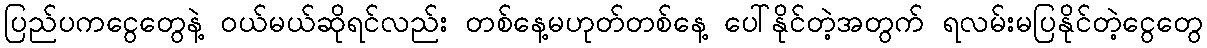
ပြည်ပကငွေတွေနဲ့ ဝယ်မယ်ဆိုရင်လည်း တစ်နေ့မဟုတ်တစ်နေ့ ပေါ်နိုင်တဲ့အတွက် ရလမ်းမပြနိုင်တဲ့ငွေတွေ